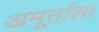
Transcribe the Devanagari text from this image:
अमूर्ताला